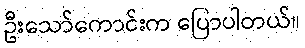
ဦးသော်ကောင်းက ပြောပါတယ်။